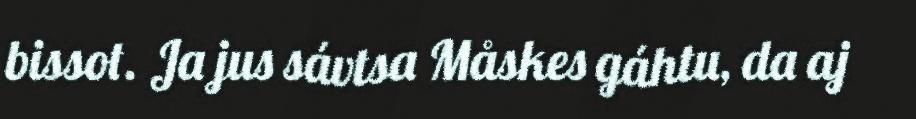
bissot. Ja jus sávtsa Måskes gáhtu, da aj